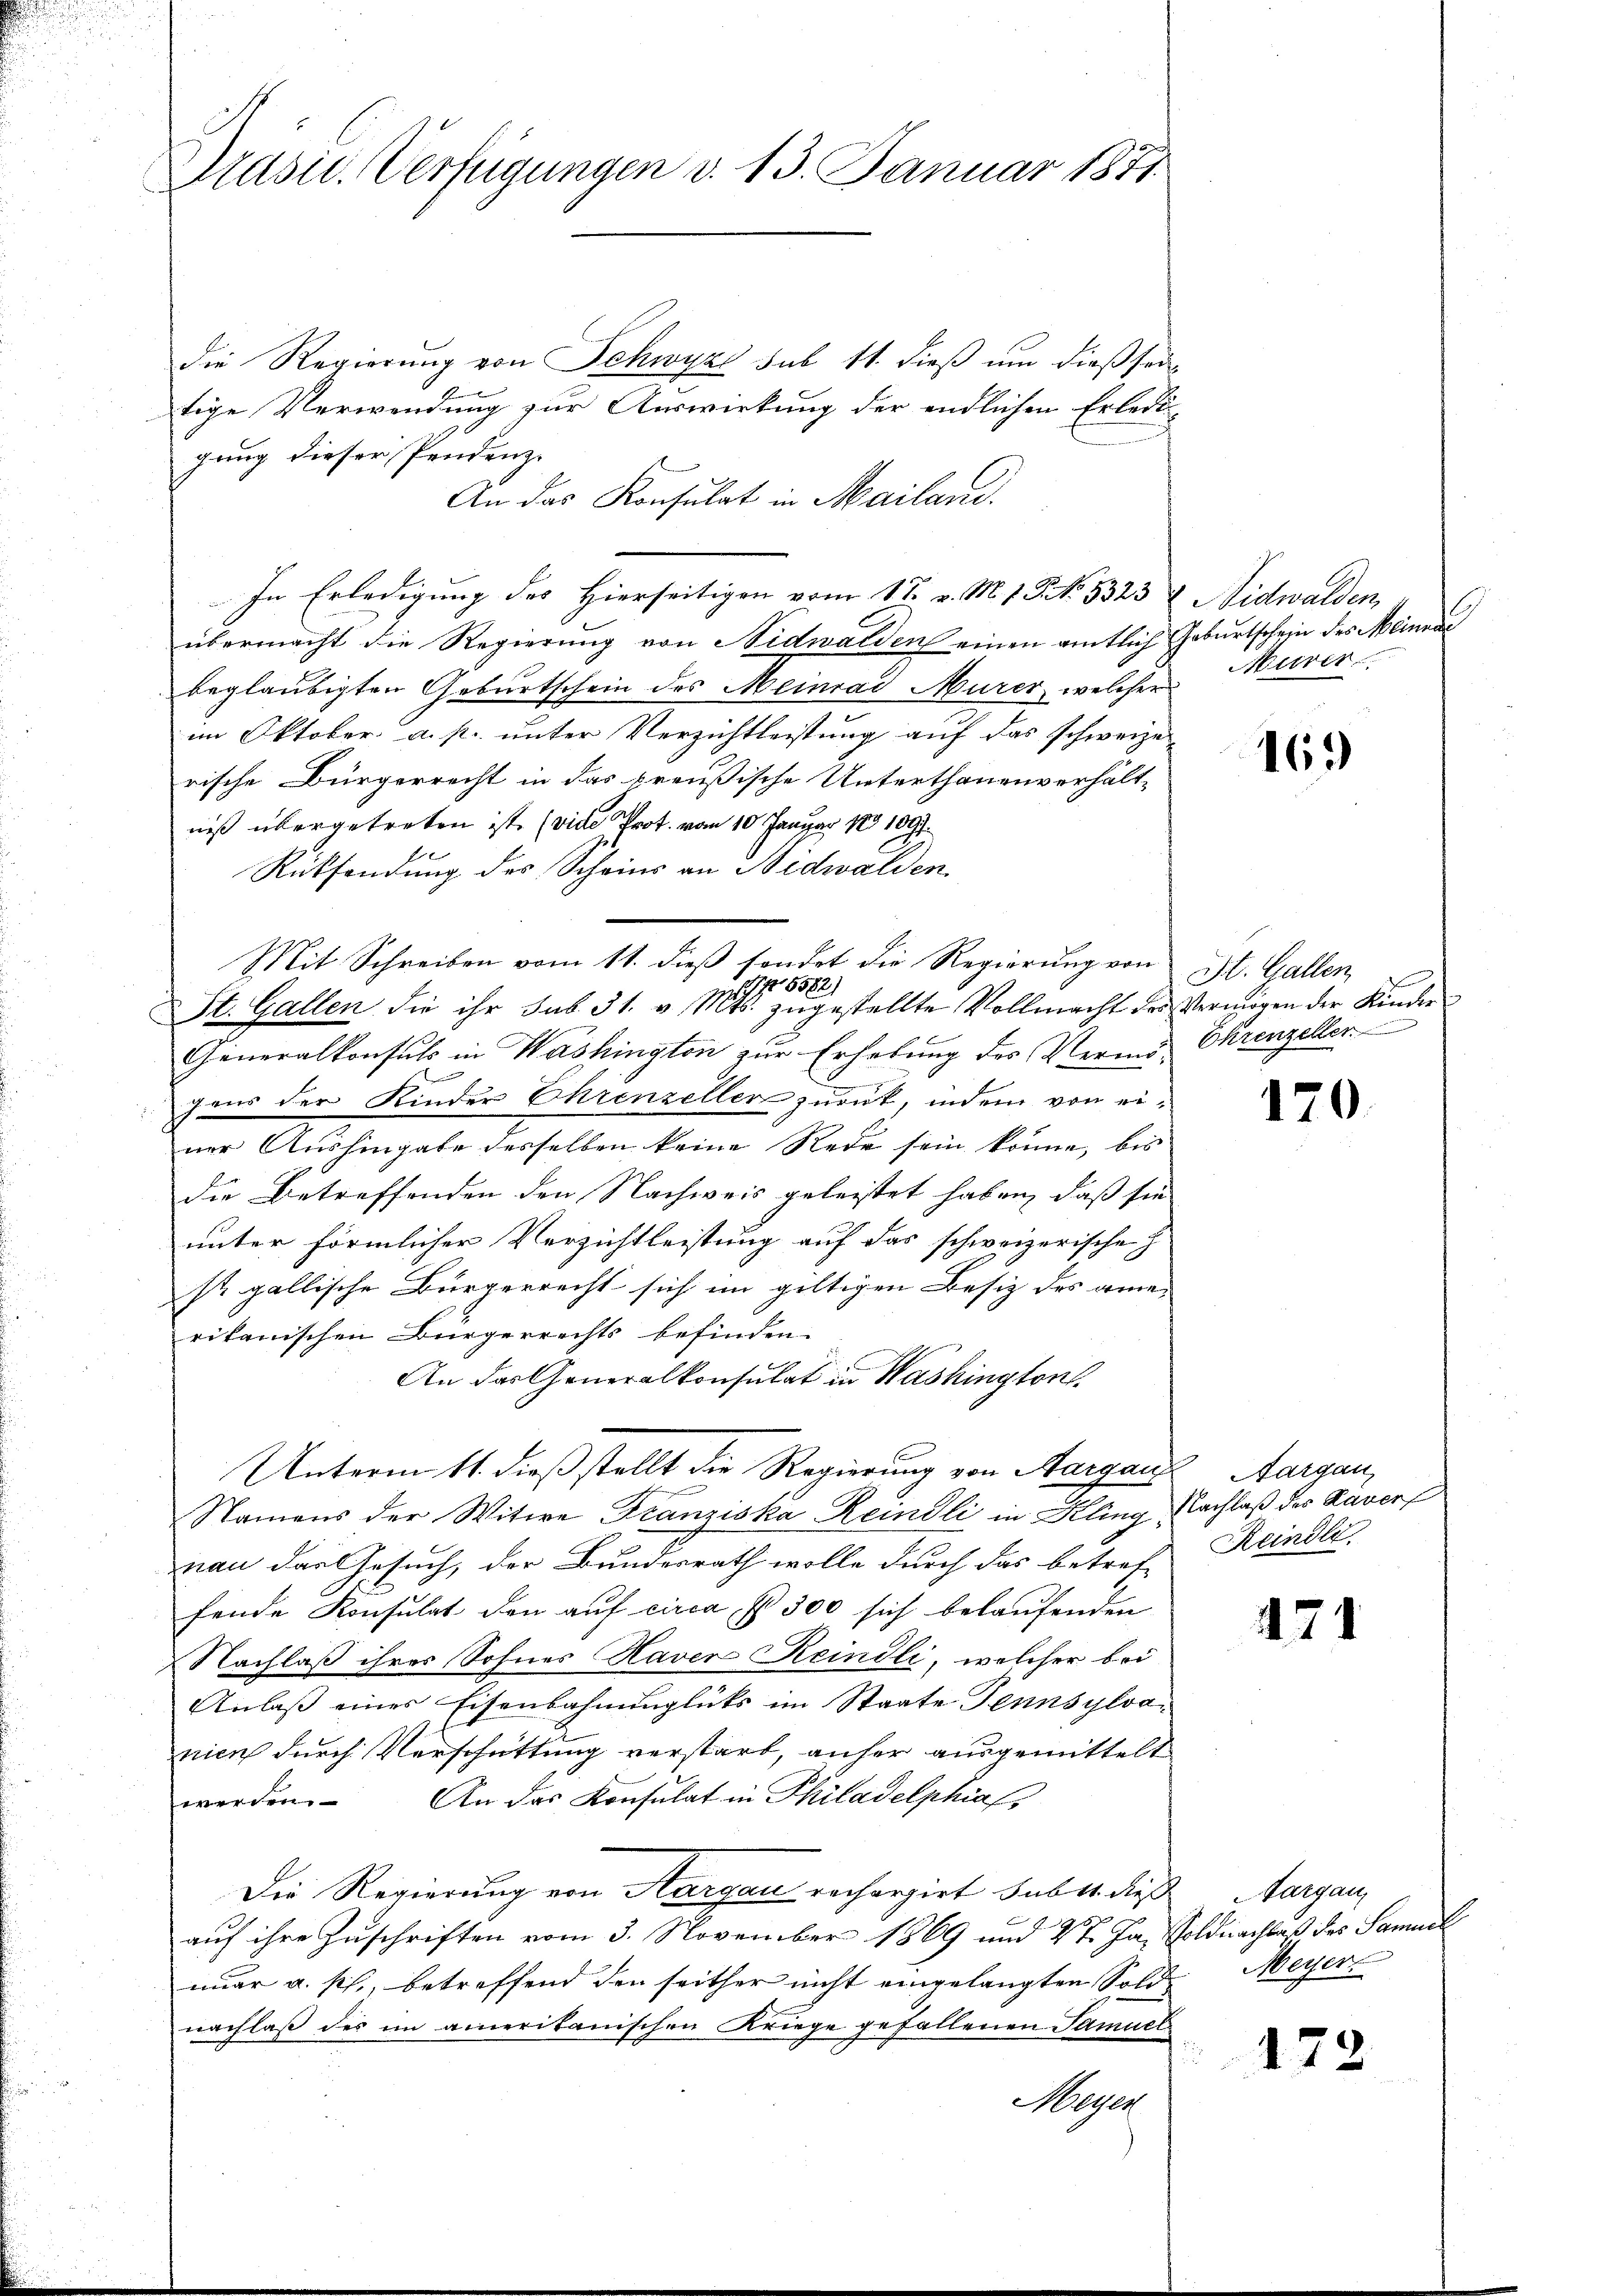
Präsid. Verfügungen v. 13. Januar 1871

die Regierung von Schwyz sub 11. dieß um dießseitige Verwendung zur Auswirkung der endlichen Erledigung dieser Pendenz-
An das Konsulat in Mailand.
In Erledigung des Hierseitigen vom 17. v. M. 1 P. No. 5323
übermacht die Regierung von Nidwalden einen amtlich Geburtschein des Meiner
beglaubigten Geburtschein des Meinrad Murer, welcher
im Oktober a. p. unter Verzichtleistung auf das schweize
rische Bürgerrecht in das preußische Unterthanenverhält-
niß übergetreten ist. (vide Prot. vom 10. Januar 1831091
Rücksendung des Scheins an Nidwalden.
I 5582
St. Gallen die ihr sub 31. v. Mts. zŭgestellte Vollmacht des Vermögen der Kinder
Generalkonsuls in Washington zur Erhebung des Vermö- Ehrenzeller
E
fens der Kinder Ehrenzeller zurück, indem von einer Aushingabe desselben keine Rede sein könne, bis
die Betreffenden den Nachweis geleistet haben, daß sie
unter förmlicher Verzichtleistung auf das schweizerische Z
st gallische Bürgerrecht sich im gültigen Besitz des amerikanischen Bürgerrechts befinden.
An das Generalkonsulat in Washington
Unterm 11. dieß stellt die Regierung von Aargau, Aargau,
ungen
Namens der Witwe Franziska Reindli in Kling, Nachlaß des Kaver
nau das Gesuch, der Bundesrath wolle durch das betreffende Konsulat den auf circa § 300 sich belaufenden
Nachlaß ihrer Sohnes Haver Reindli, welcher bei
Anlaß eines Eisenbahnunglücks im Staate Tennsylvanien durch Verschüttung verstarb, anher ausgemittelt
werden. An das Konsulat in Philadelphiafs
Die Regierung von Aargau rechargirt haber dieß Margau
auf ihre Zuschriften vom 3. November 1869 und 4t. Ja, Soldnachluß des Sammel
nuar a. p., betreffend den seither nicht eingelangten Sold
nachlaß des im amerikanischen Kriege gefallenen Samuel
Meyer

Mit Schreiben vom 11. dieß sondet die Regierung von

Nidwalden
Murer

169

St. Gallen

170.

Reindli

171

Meyer.

172